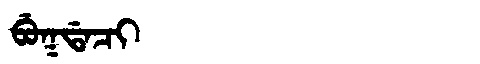
Manchu: ᠪᡠᡴᡩᠠᠴᡳ
Romanization: BUKDACI